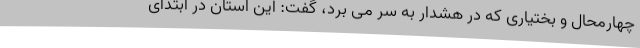
چهارمحال و بختیاری که در هشدار به سر می برد، گفت: این استان در ابتدای